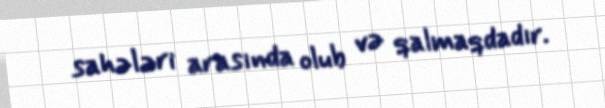
sahələri arasında olub və qalmaqdadır.